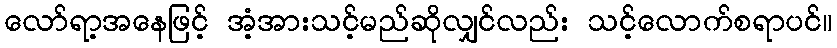
လော်ရာ့အနေဖြင့် အံ့အားသင့်မည်ဆိုလျှင်လည်း သင့်လောက်စရာပင်။